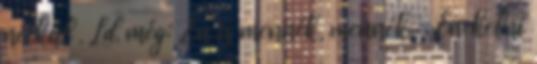
nélkül . Ld. még: „Én is mennék, mennék, Énekelni